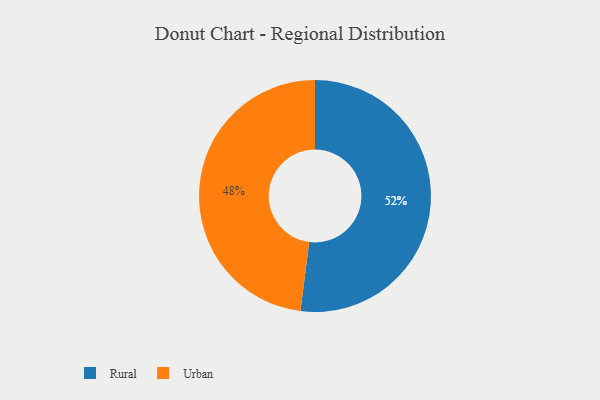
{"axis": {"x": "Category", "y": "Percentage"}, "legend": ["Rural", "Urban"], "data": [{"x": "Rural", "y": 52, "type": "Rural"}, {"x": "Urban", "y": 48, "type": "Urban"}]}